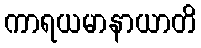
ကာရယမာနာယာတိ